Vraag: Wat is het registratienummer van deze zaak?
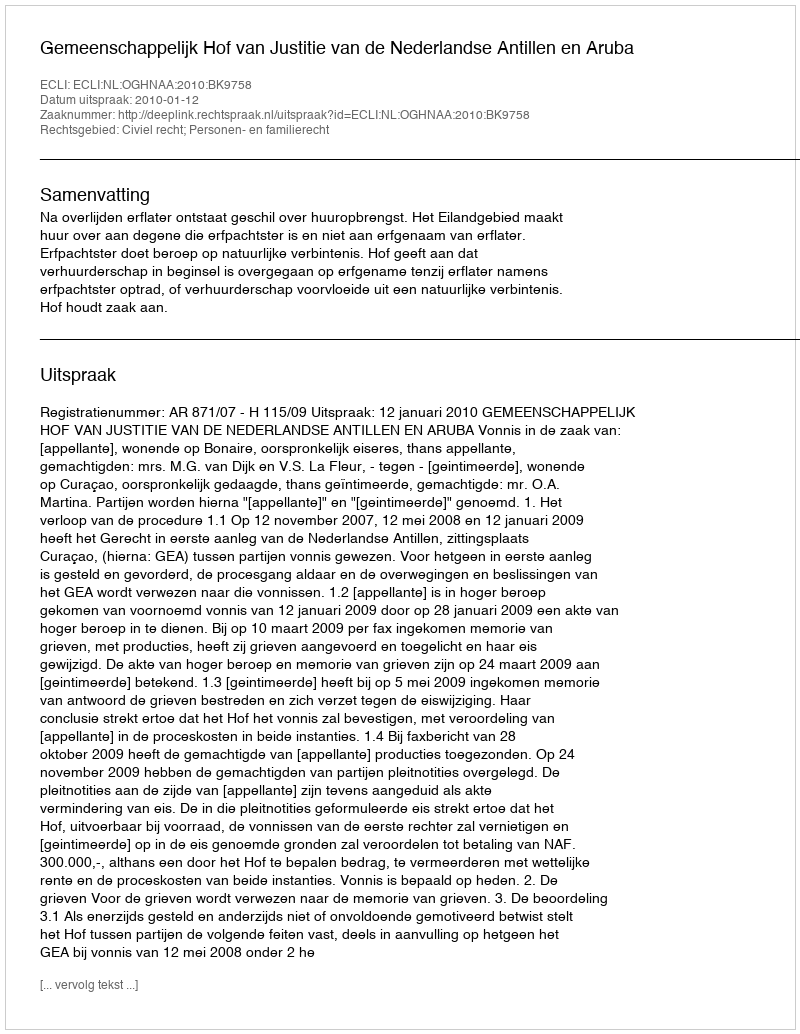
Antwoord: http://deeplink.rechtspraak.nl/uitspraak?id=ECLI:NL:OGHNAA:2010:BK9758